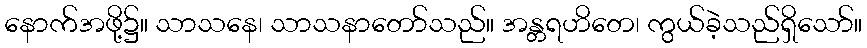
နောက်အဖို့၌။ သာသနေ၊ သာသနာတော်သည်။ အန္တရဟိတေ၊ ကွယ်ခဲ့သည်ရှိသော်။